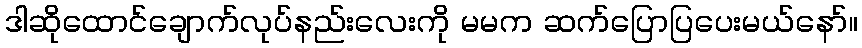
ဒါဆိုထောင်ချောက်လုပ်နည်းလေးကို မမက ဆက်ပြောပြပေးမယ်နော်။